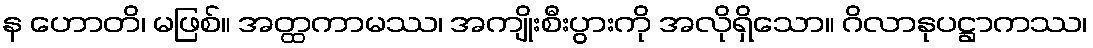
န ဟောတိ၊ မဖြစ်။ အတ္ထကာမဿ၊ အကျိုးစီးပွားကို အလိုရှိသော။ ဂိလာနုပဋ္ဌာကဿ၊